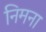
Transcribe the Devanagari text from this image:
निमना